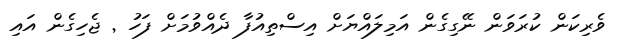
ވެރިކަން ކުރަވަން ނޭގިގެން އަމިލައްޔަށް އިސްތިއުފާ ދެއްވުމަށް ފަހު